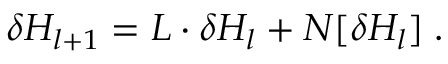
\delta H _ { l + 1 } = L \cdot \delta H _ { l } + N [ \delta H _ { l } ] \; .